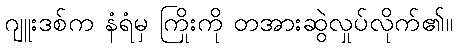
ဂျူးဒစ်က နံရံမှ ကြိုးကို တအားဆွဲလှုပ်လိုက်၏။